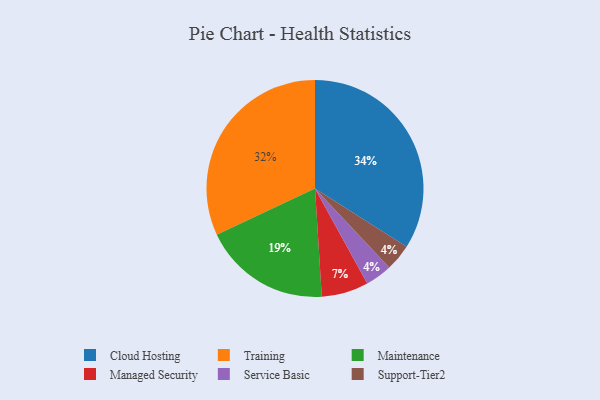
{"axis": {"x": "Category", "y": "Percentage"}, "legend": ["Cloud Hosting", "Maintenance", "Managed Security", "Service Basic", "Support-Tier2", "Training"], "data": [{"x": "Service Basic", "y": 4, "type": "Service Basic"}, {"x": "Support-Tier2", "y": 4, "type": "Support-Tier2"}, {"x": "Training", "y": 32, "type": "Training"}, {"x": "Cloud Hosting", "y": 34, "type": "Cloud Hosting"}, {"x": "Maintenance", "y": 19, "type": "Maintenance"}, {"x": "Managed Security", "y": 7, "type": "Managed Security"}]}